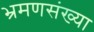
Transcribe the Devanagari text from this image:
भ्रमणसंख्या